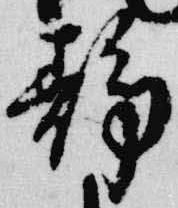
静